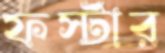
ফর্স্টার